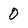
Character: 0